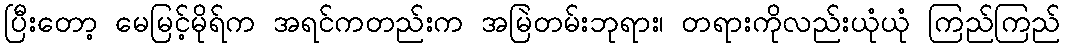
ပြီးတော့ မေမြင့်မိုရ်က အရင်ကတည်းက အမြဲတမ်းဘုရား၊ တရားကိုလည်းယုံယုံ ကြည်ကြည်